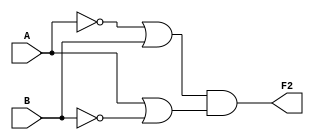
`timescale 1ns / 1ps
//////////////////////////////////////////////////////////////////////////////////
// Company: 
// Engineer: 
// 
// Design Name: 
// Module Name: circuit2
// Project Name: 
// Target Devices: 
// Tool Versions: 
// Description: 
// 
// Dependencies: 
// 
// Revision:
// Revision 0.01 - File Created
// Additional Comments:
// 
//////////////////////////////////////////////////////////////////////////////////


module circuit2(
    input A,
    input B,
    output F2
    );
    assign F2 = (~A|B)&(A|~B);
endmodule